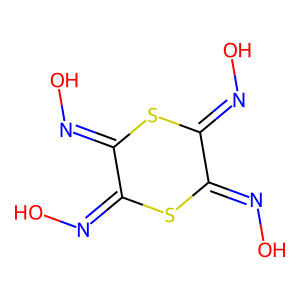
SMILES: ON=C1SC(=NO)C(=NO)SC1=NO
Inhibits HIV replication: No